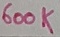
Text: 600K